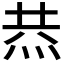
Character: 𤈉